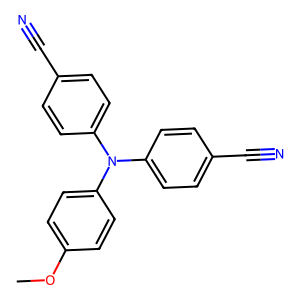
SMILES: COc1ccc(N(c2ccc(C#N)cc2)c2ccc(C#N)cc2)cc1
Inhibits HIV replication: No